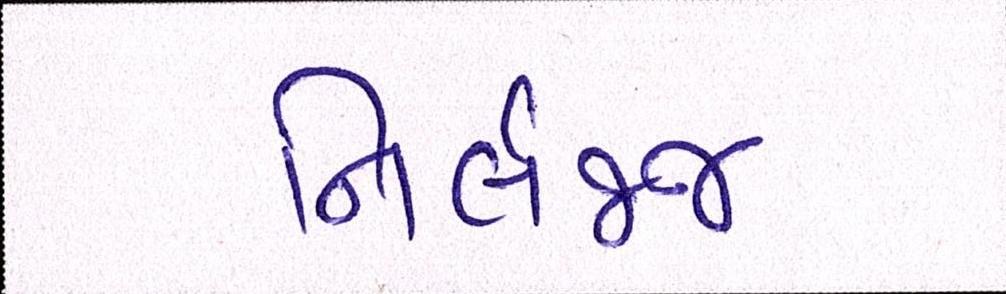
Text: નિર્લજ્જ